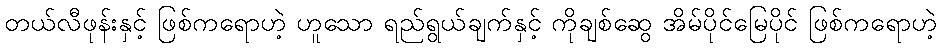
တယ်လီဖုန်းနှင့် ဖြစ်ကရောဟဲ့ ဟူသော ရည်ရွယ်ချက်နှင့် ကိုချစ်ဆွေ အိမ်ပိုင်မြေပိုင် ဖြစ်ကရောဟဲ့